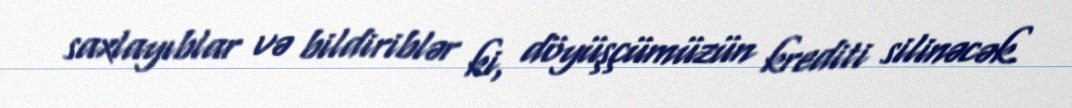
saxlayıblar və bildiriblər ki, döyüşçümüzün krediti silinəcək.